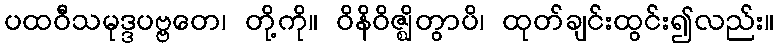
ပထဝီသမုဒ္ဒပဗ္ဗတေ၊ တို့ကို။ ဝိနိဝိဇ္ဈိတွာပိ၊ ထုတ်ချင်းထွင်း၍လည်း။